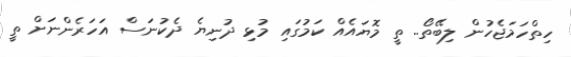
ހިތްހަމަޖެހުން ލިބޭތޯ.. ތީ މޮޔައެއް ކަމުގައި މުޅި ދުނިޔެ ދެކުނަސް އަހަރެންނަށް ތީ